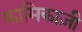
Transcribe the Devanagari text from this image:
कामिकाज़ी